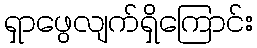
ရှာဖွေလျက်ရှိကြောင်း